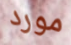
مورد